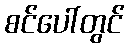
စင်ပေါ်တွင်